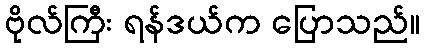
ဗိုလ်ကြီး ရန်ဒယ်က ပြောသည်။